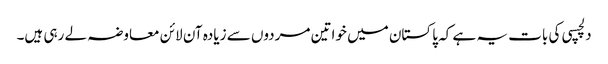
دلچسپی کی بات یہ ہے کہ پاکستان میں خواتین مردوں سے زیادہ آن لائن معاوضہ لے رہی ہیں۔